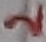
Text: 2